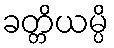
ခတ္တိယမ္ပိ